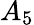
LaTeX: A_{5}